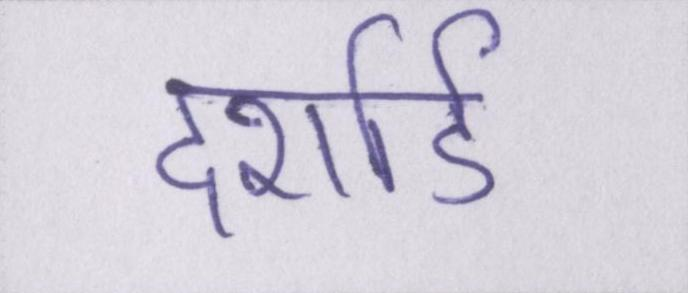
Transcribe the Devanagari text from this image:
दर्शाई